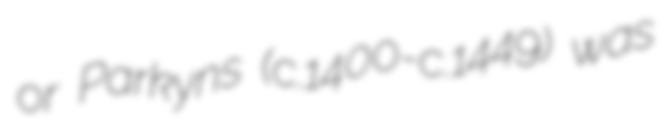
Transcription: or Parkyns (c.1400-c.1449) was